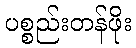
ပစ္စည်းတန်ဖိုး